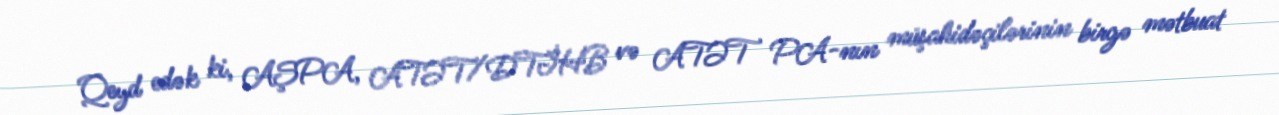
Qeyd edək ki, AŞPA, ATƏT/DTİHB və ATƏT PA-nın müşahidəçilərinin birgə mətbuat